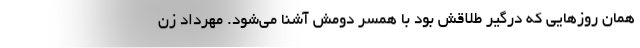
همان روزهایی که درگیر طلاقش بود با همسر دومش آشنا می‌شود. مهرداد زن